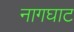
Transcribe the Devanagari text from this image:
नागघाट